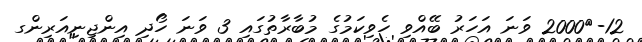
12-	2000 ވަނަ އަހަރު ބޭއްވި ހެވިކަމުގެ މުބާރާތުގައި 3 ވަނަ ހޯދި އިންޖިނިއަރިންގ